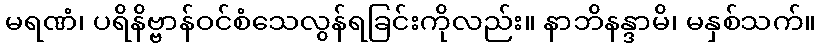
မရဏံ၊ ပရိနိဗ္ဗာန်ဝင်စံသေလွန်ရခြင်းကိုလည်း။ နာဘိနန္ဒာမိ၊ မနှစ်သက်။